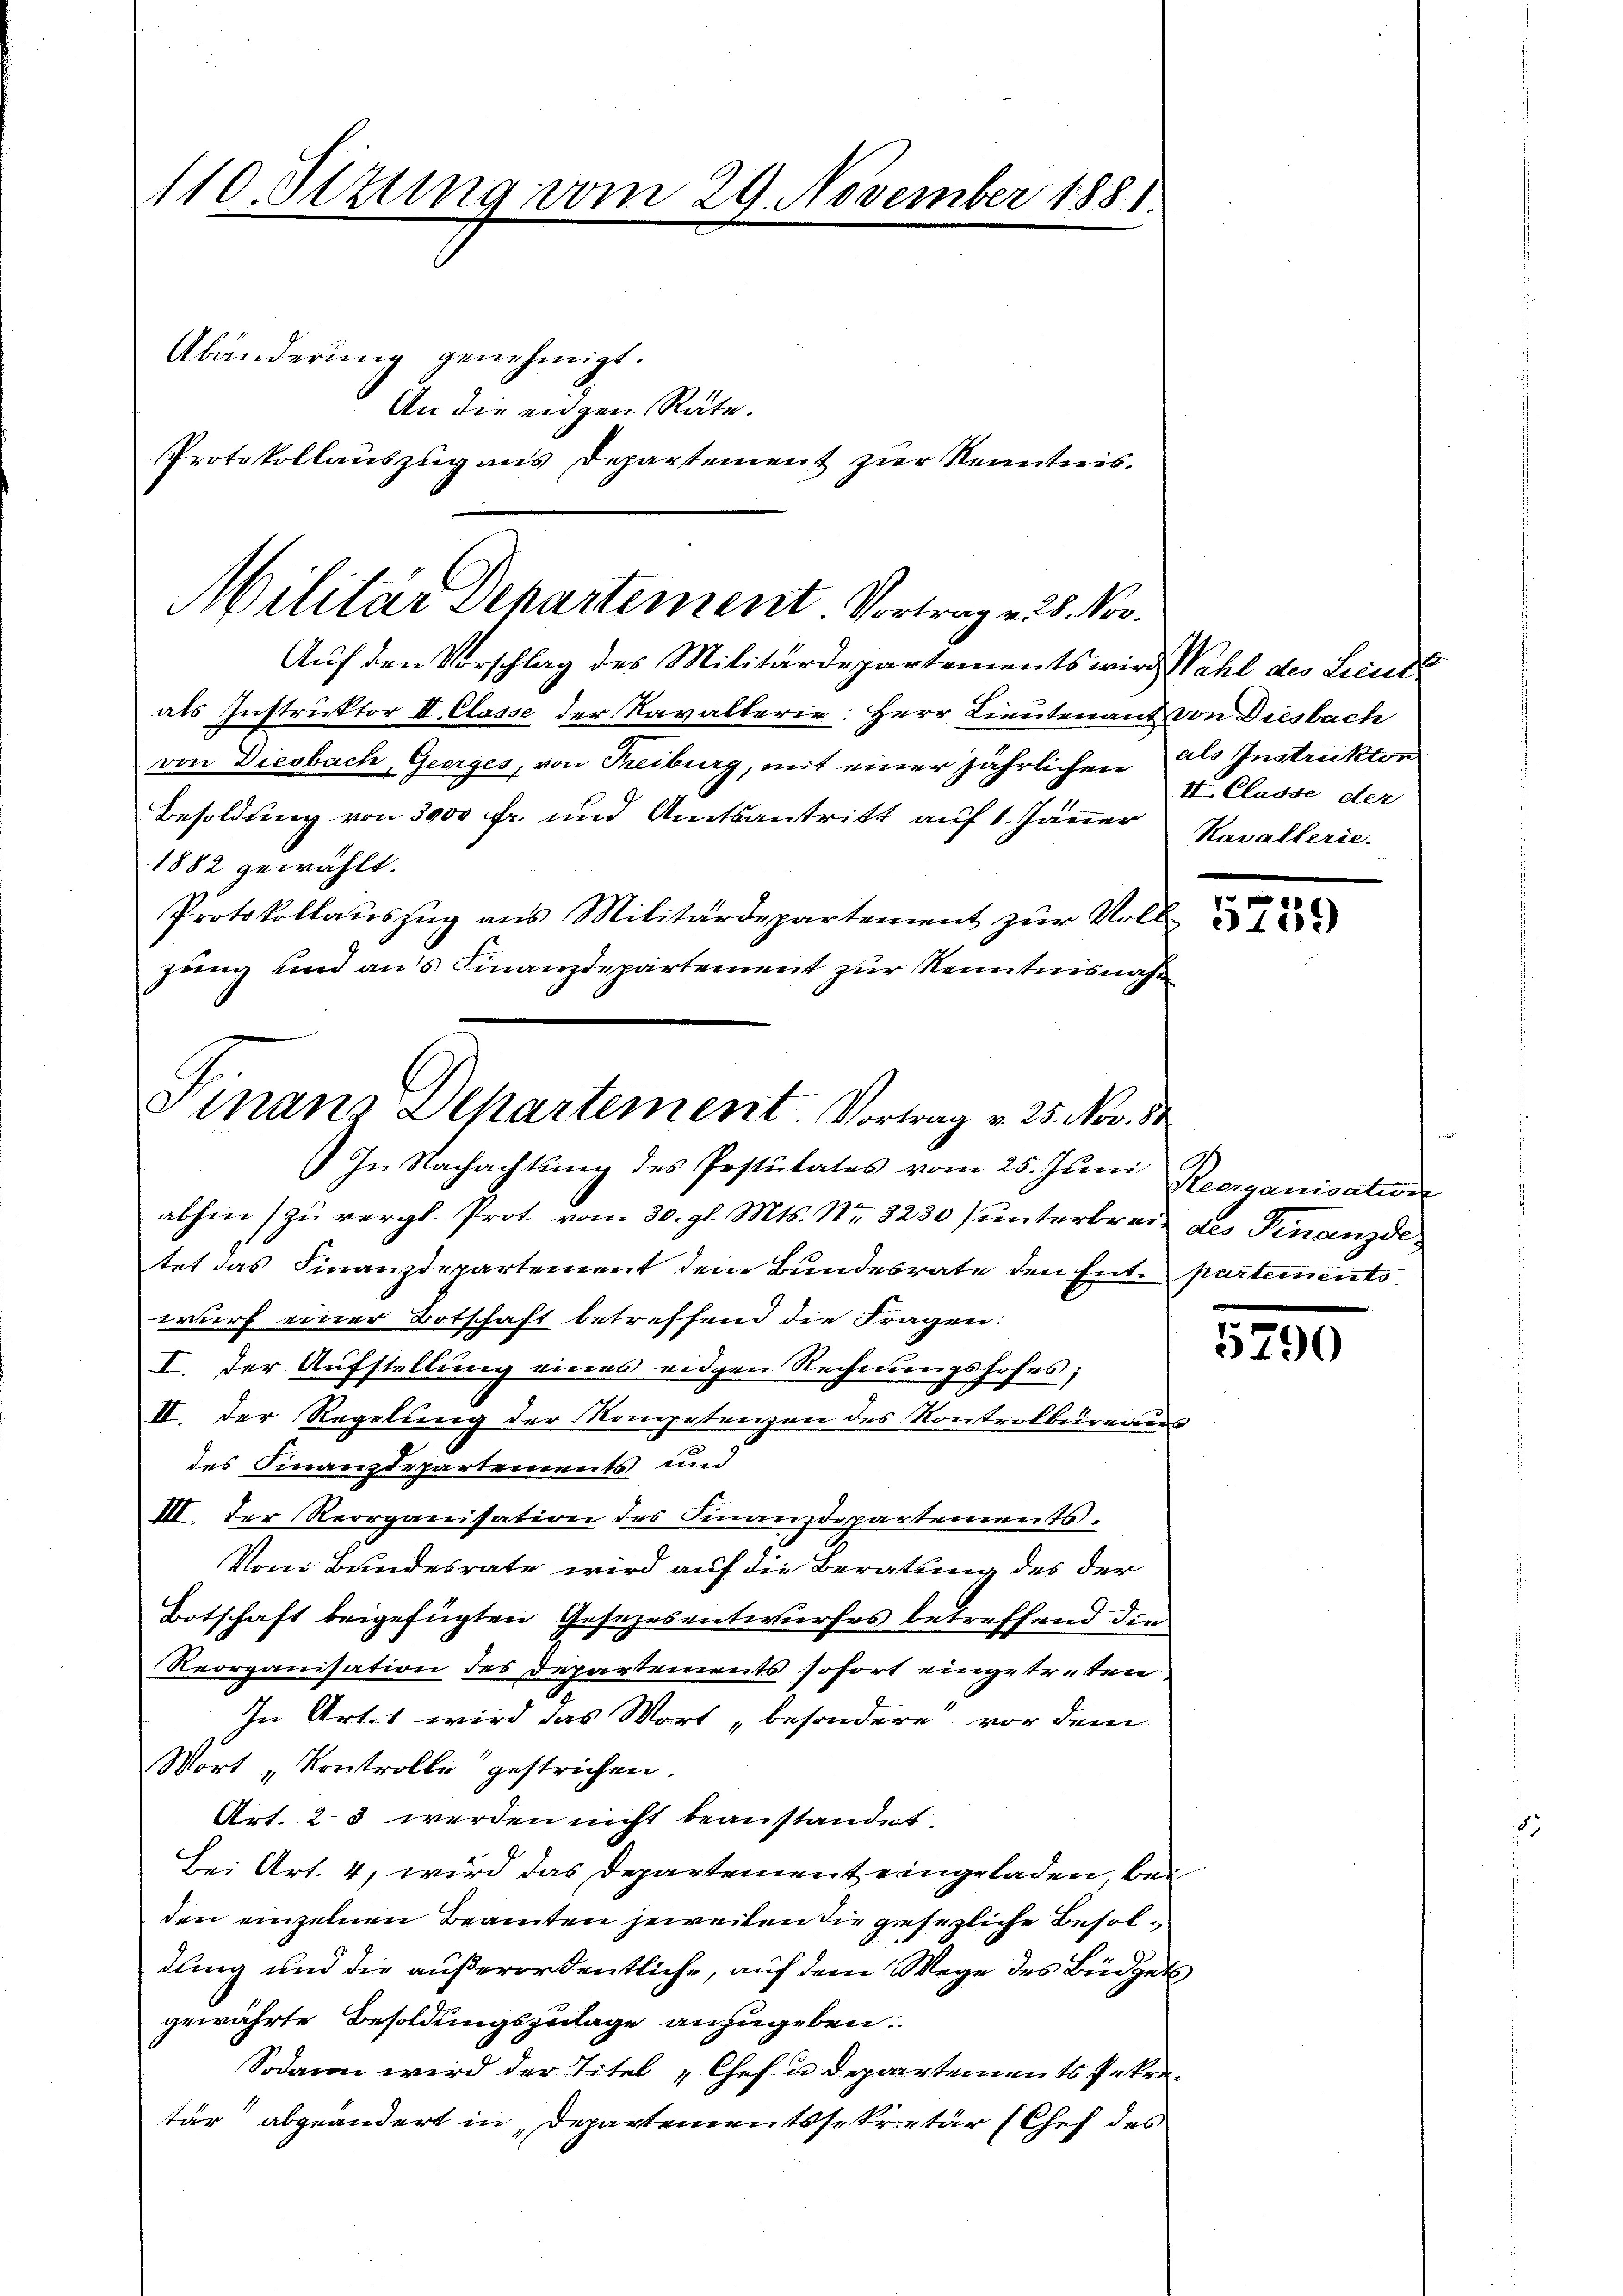
110. Setung vom 29. November 1881.

Abänderung genehmigt.
An die eingen Räte.
Protokollauszug aus Departement zur Kenntnis.

Militär Departement. Vortrag v. 28. Nov.
Auf den Vorschlag des Militärdepartements wird Wahl des Licit
als Instruktor II. Classe der Navalterie: Herr Lieutenant von Diesbach

von Diesbach, Georges, von Treiburg, mit einer jährlichen als Instruktor
Besoldung von 3000 fr. und Amtsantritt auf 1. Jänner
1882 gewählt.
Protokollauszug aus Militärdepartement zur Volk
zung und aus Finanzdepartement zur Kenntnisnahm

Finanz Departement. Vortrag v. 25. Nov. 88
In Nachachtung des Prstütates vom 25. Jŭni Reorganisation

abhin zu vergl. Prot. vom 30. gl. Mts. Nr. 8230) unterbreit des Finanzde
tet das Finanzdepartement dem Bundesrate den Ent-partements,
wurf einer Botschaft betreffend die Fragen:
I. der Aufstellung eines eidgen Rechnungshofes;
II. Der Regelung der Kompetenzen des Kontrolbureaus
des Finanzdepartements und
III. Der Reorganisation des Finanzdepartements.
Vom Bundesrate wird auf die Beratung des der
Botschaft beigefügten Gesezesentwurfes betreffend die
Reorganisation des Departements sofort eingetreten.
In Art. 1 wird das Wort „besondere vor dem
Wort „Kontrolli gestrichen.
Art. 2-3 werden nicht beanstandet.
Bei Art. 4, wird das Departement eingeladen, bei
den einzelnen Beamten jeweilen die gesezliche Besoldung und die außerordentliche, auf dem Wege des Büdgets
gewährte Besoldungszulage anzugeben.
Sodann wird der Titel „Chef u. Departements Sekretär abgeändert in Departementssekretär (Chef des

II. Classe der
Kavallerie.

r

5790